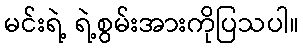
မင်းရဲ့ ရဲ့စွမ်းအားကိုပြသပါ။